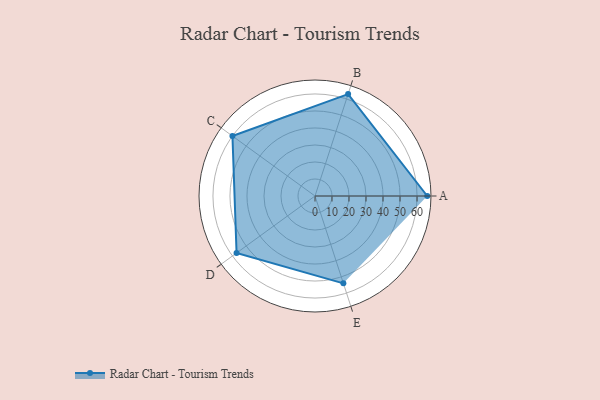
{"axis": {"x": "Skill", "y": "Score"}, "legend": ["Profile"], "data": [{"x": "A", "y": 66.0, "type": "Profile"}, {"x": "B", "y": 63.0, "type": "Profile"}, {"x": "C", "y": 60.0, "type": "Profile"}, {"x": "D", "y": 57.0, "type": "Profile"}, {"x": "E", "y": 54.0, "type": "Profile"}]}